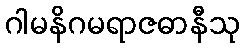
ဂါမနိဂမရာဇဓာနီသု